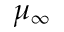
\mu _ { \infty }